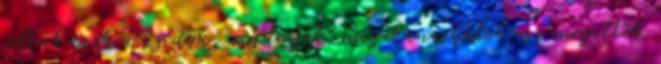
voltak ezek a zsidók, cigányok. meg kannibálok is, megették